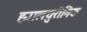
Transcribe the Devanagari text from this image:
ह्यालयुरोनिक